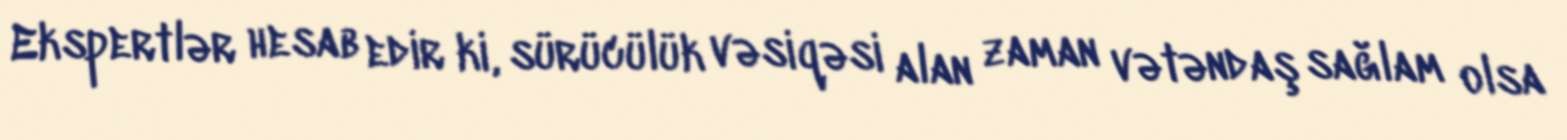
Ekspertlər hesab edir ki, sürücülük vəsiqəsi alan zaman vətəndaş sağlam olsa